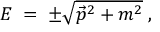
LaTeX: E \; = \; \pm \sqrt { \vec { p } ^ { 2 } + m ^ { 2 } } \; ,